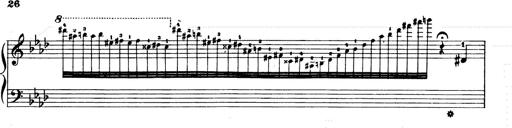
Title: Consolations and LiebestrÃ¤ume for the Piano
Composer: Franz Liszt